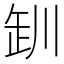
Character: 𪩢